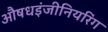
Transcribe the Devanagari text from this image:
औषधइंजीनियरिंग